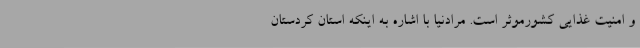
و امنیت غذایی کشورموثر است. مرادنیا با اشاره به اینکه استان کردستان